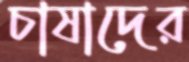
চাষাদের